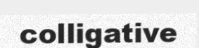
colligative